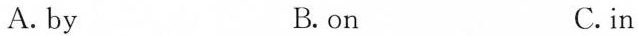
A. by B. on C.in